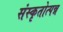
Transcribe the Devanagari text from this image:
संस्कृतोत्पन्न